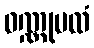
ဝဏ္ဏုပထံ